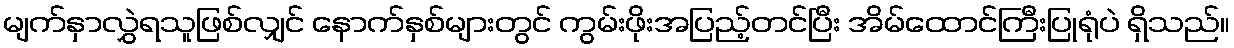
မျက်နှာလွှဲရသူဖြစ်လျှင် နောက်နှစ်များတွင် ကွမ်းဖိုးအပြည့်တင်ပြီး အိမ်ထောင်ကြီးပြုရုံပဲ ရှိသည်။